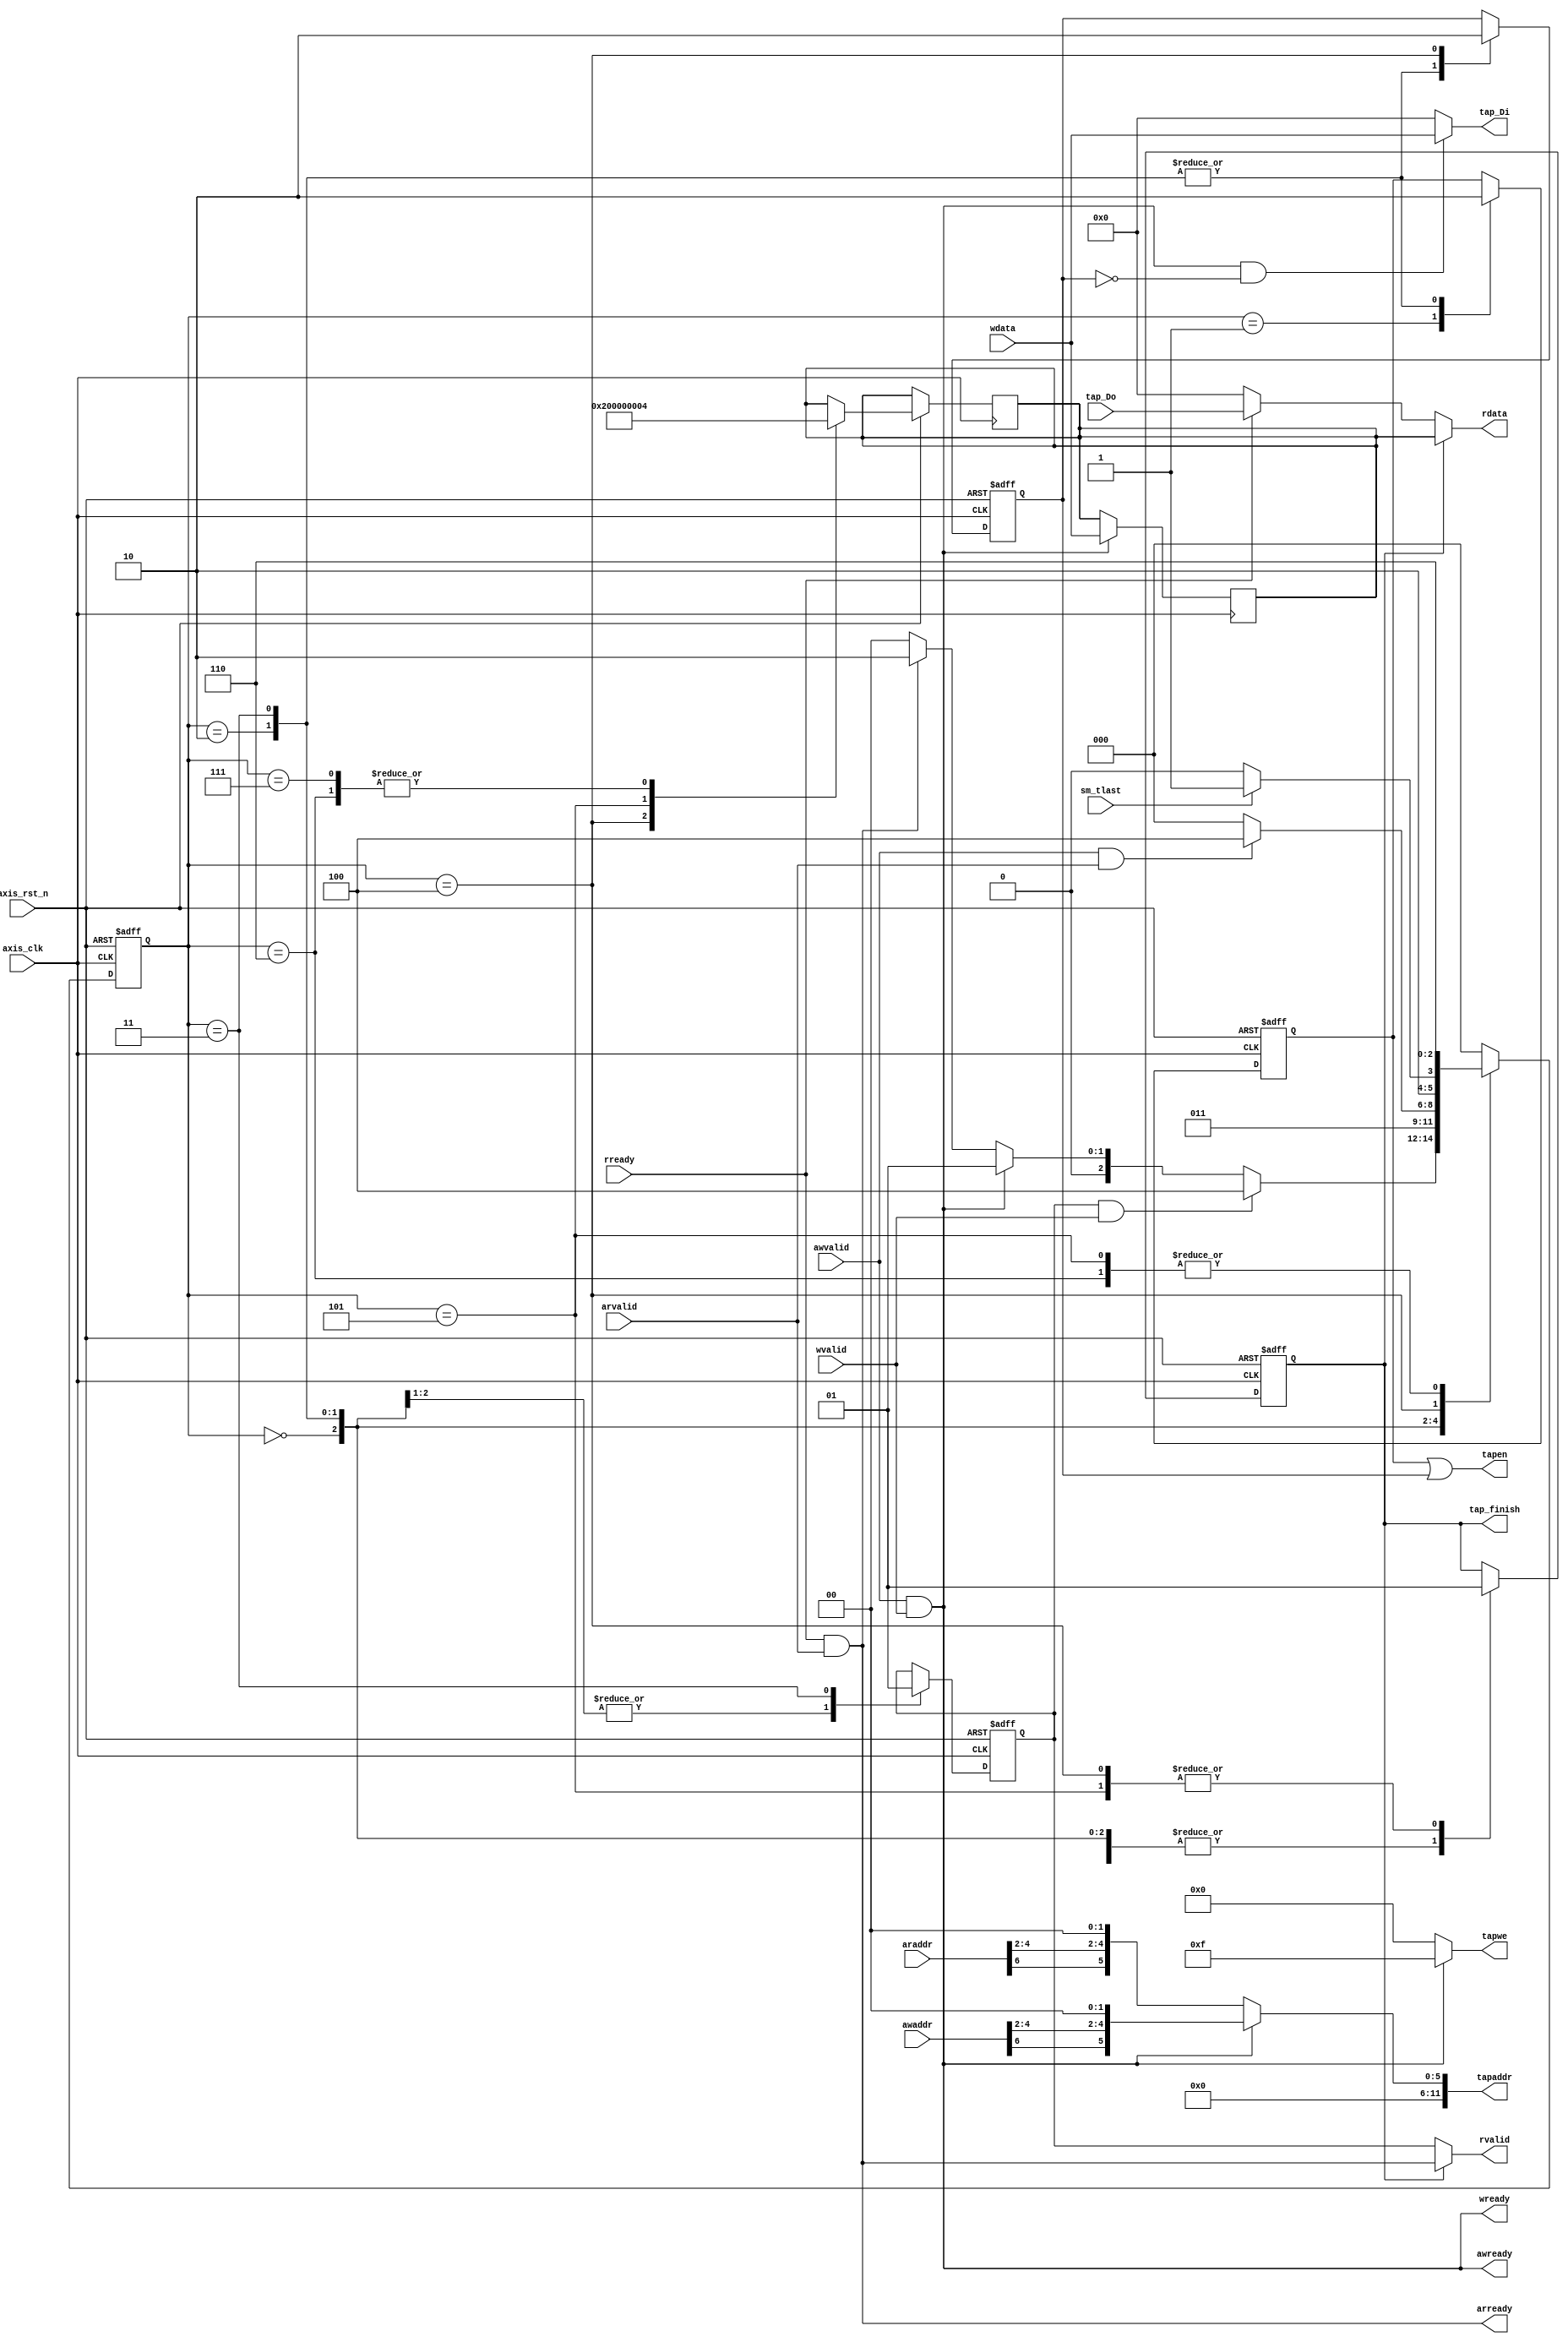
module fir_tap
#(  parameter pADDR_WIDTH = 12,
    parameter pDATA_WIDTH = 32,
    parameter Tape_Num    = 11
)
(
    output  wire                     awready,
    output  wire                     wready,
    input   wire                     awvalid,
    input   wire [(pADDR_WIDTH-1):0] awaddr,
    input   wire                     wvalid,
    input   wire [(pDATA_WIDTH-1):0] wdata,
    output  wire                     arready,
    input   wire                     rready,
    input   wire                     arvalid,
    input   wire [(pADDR_WIDTH-1):0] araddr,
    output  wire                     rvalid,
    output  wire [(pDATA_WIDTH-1):0] rdata, 
    input   wire                     axis_clk,
    input   wire                     axis_rst_n,

    output  wire [3:0]               tapwe,
    output  wire                     tapen,
    output  wire [(pDATA_WIDTH-1):0] tap_Di,
    output  wire [(pADDR_WIDTH-1):0] tapaddr,
    output  wire                     tap_finish,
    input   wire [(pDATA_WIDTH-1):0] tap_Do,

    input  wire                      sm_tlast
);

/*
AXI-lite:
Write channel:
    M(PS)->S(FIR):
        awvalid : Write address valid
        awaddr : Write address
        wvalid : Write valid
        wdata : Write data
    M(PS)<-S(FIR):
        awready : Write address ready
        wready : Write ready
Read channel:
    M(PS)->S(FIR):
        rready : Read ready
        arvalid : Read address valid
        araddr : Read address
    M(PS)<-S(FIR):
        arready : Read address ready
        rvalid : Read valid
        rdata : Read Data

SRAM:
FIR<-SRAM
    tap_Do

FIR->SRAM
    tap_WE
    tap_EN
    tap_Di
    tap_A

*/

reg [(pDATA_WIDTH-1):0]	mem;

always@(posedge axis_clk) begin	
	if(awvalid && wvalid) begin
		mem <= wdata;	
	end
	else begin
		mem <= mem;
	end
end

reg [2:0] curr_state;
reg [2:0] next_state;

parameter s0   = 3'b000; // wait
parameter s1   = 3'b001; // write
parameter s2   = 3'b010; // read
parameter s3   = 3'b011; // read2 
parameter s4   = 3'b100; // finish
parameter s5   = 3'b101; // ap_start = 0
parameter s6   = 3'b110; // ap_done
parameter s7   = 3'b111; // ap_idle

reg last;
reg checkfinish;
reg writefinish;
reg readfinish;
reg readvalid;

always@(posedge axis_clk or negedge axis_rst_n)
	if (!axis_rst_n) curr_state <= s0;
	else        curr_state <= next_state;

always@(*)
	case(curr_state)
		s0:  next_state = (readvalid && wvalid)?s4:(awvalid && wvalid)?s1:(rready && arvalid)?s2:s0;
		s1:  next_state = s0;
		s2:  next_state = s3;
        s3:  next_state = (awvalid && arvalid)?s4:s0;
        s4:  next_state = (sm_tlast)?s5:s4;
        s5:  next_state = s6;
        s6:  next_state = s6;
        default: next_state = s0;
	endcase   

always@(posedge axis_clk or negedge axis_rst_n) begin	
	if(!axis_rst_n) begin
		checkfinish <= 0;
        writefinish <= 0;
        readfinish <= 0;
        last <= 0;
        readvalid <= 0;
	end	
	else 
		case(curr_state)
		s0: begin
            checkfinish <= 0;
            readvalid <= 0;

		end
		s1: begin
            checkfinish <= 0;
            writefinish <= 1;
		end
		s2: begin
            checkfinish <= 0;
            writefinish <= 0; 
            readfinish <= 1;
            readvalid <= 0;

		end
		s3: begin
            checkfinish <= 0;
            writefinish <= 0; 
            readfinish <= 1;
            readvalid <= 1;
		end
		s4: begin
            checkfinish <= 1;
            readfinish <= 0;
            mem <= 32'h0;	 
		end
        s5: begin
            checkfinish <= 1;
            mem <= 32'h2;		 
		end
        s6: begin
            mem <= 32'h4;
            last <= 1;
		end	
        s7: begin
            mem <= 32'h4;
            last <= 1;		 
		end
        default: begin 
            checkfinish <= 0; 
		end			
		endcase
end


assign awready = awvalid && wvalid;
assign wready = awvalid && wvalid;


assign rdata = (checkfinish)?mem:(rready)?tap_Do:0;
assign arready = rready && arvalid;
assign rvalid = (!checkfinish)?readvalid:rready && arvalid;

assign tapwe = (awvalid && wvalid)?4'b1111:0;
assign tapen = writefinish||readfinish;
assign tap_Di = (awvalid && wvalid)&&(!readfinish)?wdata:0;
assign tapaddr = (awvalid && wvalid)?{awaddr[6],awaddr[4],awaddr[3],awaddr[2]}<<2:{araddr[6],araddr[4],araddr[3],araddr[2]}<<2;
assign tap_finish = checkfinish;

endmodule